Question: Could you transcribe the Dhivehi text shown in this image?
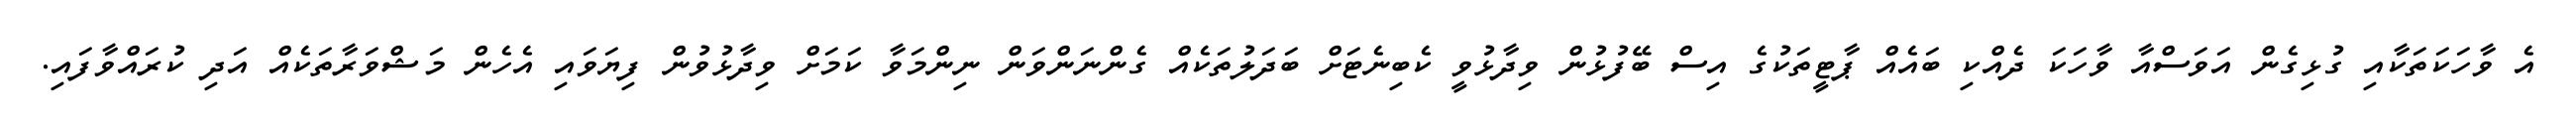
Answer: އެ ވާހަކަތަކާއި ގުޅިގެން އަވަސްއާ ވާހަކަ ދެއްކި ބައެއް ޕާޓީތަކުގެ އިސް ބޭފުޅުން ވިދާޅުވީ ކެބިނެޓަށް ބަދަލުތަކެއް ގެންނަންވަން ނިންމަވާ ކަމަށް ވިދާޅުވުން ފިޔަވައި އެހެން މަޝްވަރާތަކެއް އަދި ކުރައްވާފައި.